Civil Veterinary Department Bengal reports 1933-51 - 1933-1951
Year: 1933
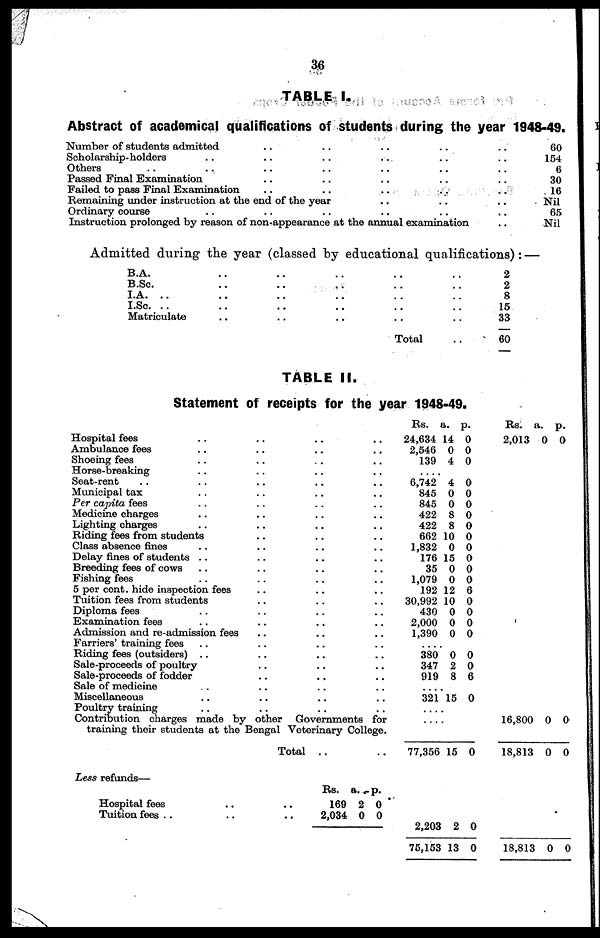
36
TABLE I.
Abstract of academical qualifications of students during the year 1948-49.
Number of students admitted .. .. .. .. ..
Scholarship-holders .. .. .. .. .. ..
Others .. .. .. .. .. .. ..
Passed Final Examination .. .. .. .. ..
Failed to pass Final Examination .. .. .. .. ..
Remaining under instruction at the end of the year .. .. ..
Ordinary course .. .. .. .. .. ..
Instruction prolonged by reason of non-appearance at the annual examination ..
60
154
6
30
16
Nil
65
Nil
Admitted during the year (classed by educational qualifications) : —
B.A. .. .. .. .. ..
B.Sc. .. .. .. .. ..
I.A. .. .. .. .. .. ..
I.Sc. .. .. .. .. .. ..
Matriculate .. .. .. .. ..
Total ..
2
2
8
15
33
60
TABLE II.
Statement of receipts for the year 1948-49.
Hospital fees .. .. .. ..
Ambulance fees .. .. .. ..
Shoeing fees .. .. .. ..
Horse-breaking .. .. .. ..
Seat-rent .. .. .. .. ..
Municipal tax .. .. .. ..
Per capita fees .. .. .. ..
Medicine charges .. .. .. ..
Lighting charges .. .. .. ..
Riding fees from students .. .. ..
Class absence fines .. .. .. ..
Delay fines of students .. .. .. ..
Breeding fees of cows .. .. .. ..
Fishing fees .. .. .. ..
5 per cont. hide inspection fees .. .. ..
Tuition fees from students .. .. ..
Diploma fees .. .. .. ..
Examination fees .. .. .. ..
Admission and re-admission fees .. .. ..
Farriers' training fees .. .. .. ..
Riding fees (outsiders) .. .. .. ..
Sale-proceeds of poultry .. .. ..
Sale-proceeds of fodder .. .. ..
Sale of medicine .. .. .. ..
Miscellaneous .. .. .. ..
Poultry training .. .. .. ..
Contribution charges made by other Governments for
training their students at the Bengal Veterinary College.
Total .. ..
Rs.
24,634
2,546
139
....
6,742
845
845
422
422
662
1,832
176
35
1,079
192
30,992
430
2,000
1,390
....
380
347
919
....
321
....
....
77,356
a.
14
0
4
4
0
0
8
8
10
0
15
0
0
12
10
0
0
0
0
2
8
15
15
p.
0
0
0
0
0
0
0
0
0
0
0
0
0
6
0
0
0
0
0
0
6
0
0
Rs.
2,013
16,800
18,813
a.
0
0
0
p.
0
0
0
Less refunds—
Hospital fees ..
Tuition fees .. ..
Rs.
.. 169
.. 2,034
a.
2
0
p.
0
0
2,203
75,153
2
13
0
0
18,813 0 0